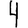
Digit: 4